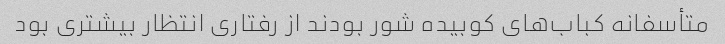
متأسفانه کباب‌های کوبیده شور بودند از رفتاری انتظار بیشتری بود